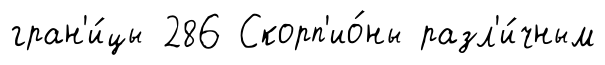
гран'и́цы 286 Скорп'ио́ны разл'и́чным